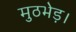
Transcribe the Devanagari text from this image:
मुठभेड़।